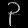
Digit: ၃